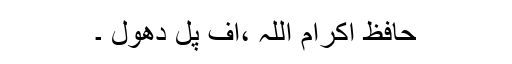
حافظ اکرام اللہ ،آف پل دھول ۔